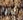
ثانيه